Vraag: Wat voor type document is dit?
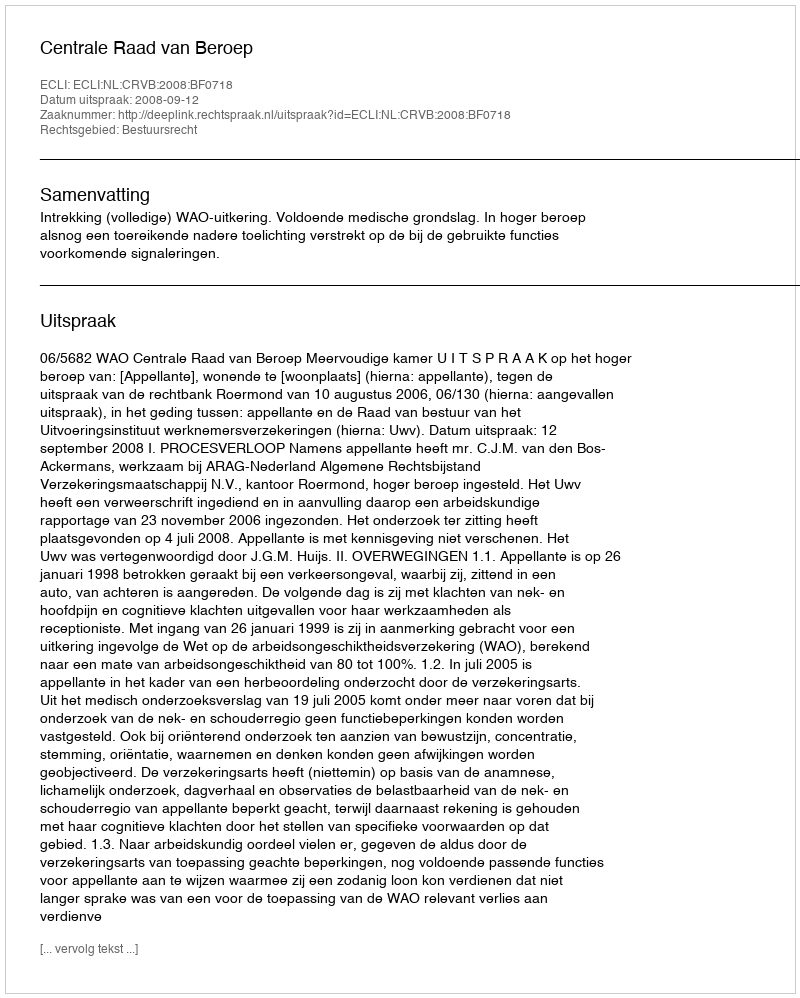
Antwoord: Uitspraak